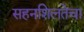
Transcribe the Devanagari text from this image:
सहनशिलतेचा